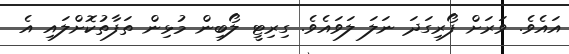
އައެވެ. ވަރަށް ފޯރިގަދަ ނަލަ ލަވައެވެ. ގިރިޓީ ލޯބިން މުޅިން ތަފާތުކޮށްލައި އެ